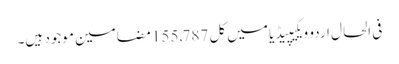
فی الحال اردو ویکیپیڈیا میں کل 155,787 مضامین موجود ہیں۔